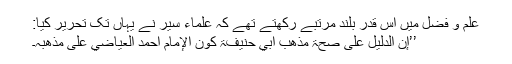
علم و فضل میں اس قدر بلند مرتبے رکھتے تھے کہ علماء سیر نے یہاں تک تحریر کیا:
’’إِن الدلیل علٰی صحۃ مذھب أبي حنیفۃ کون الإمام أحمد العیاضي علٰی مذھبہٖ۔